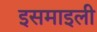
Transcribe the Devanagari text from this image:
इसमाइली